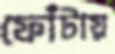
ফোঁটায়